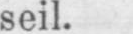
seil.